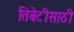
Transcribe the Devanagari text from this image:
तिबेटीसाठी